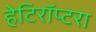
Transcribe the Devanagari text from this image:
हेटिरॉप्टरा